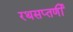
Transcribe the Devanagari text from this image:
रथसप्‍तर्णी